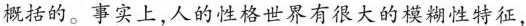
概括的。事实上,人的性格世界有很大的模糊性特征